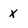
Character: x